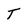
Character: T